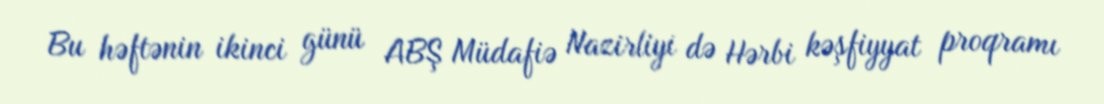
Bu həftənin ikinci günü ABŞ Müdafiə Nazirliyi də Hərbi kəşfiyyat proqramı